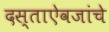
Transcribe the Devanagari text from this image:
दस्ताऐवजांचे